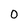
Character: 0